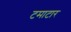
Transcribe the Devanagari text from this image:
टमाटार